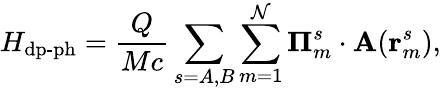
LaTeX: H_{\mathrm{dp}\textrm{-}\mathrm{ph}}=\frac{Q}{Mc}\sum_{s=A,B}\sum_{m=1}^{\mathcal{N}}\mathbf{\Pi}_{m}^{s}\cdot\mathbf{A}(\mathbf{r}_{m}^{s}),